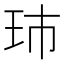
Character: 㺻